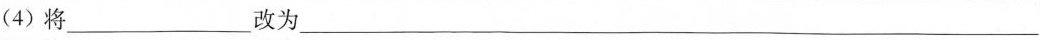
(4)将___改为___